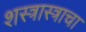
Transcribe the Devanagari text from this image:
शस्त्रास्त्राचा